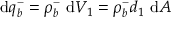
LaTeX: \mathrm { d } q _ { b } ^ { - } = \rho _ { b } ^ { - } \ \mathrm { d } V _ { 1 } = \rho _ { b } ^ { - } d _ { 1 } \ \mathrm { d } A